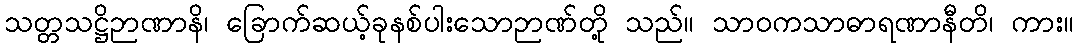
သတ္တသဋ္ဌိဉာဏာနိ၊ ခြောက်ဆယ့်ခုနစ်ပါးသောဉာဏ်တို့ သည်။ သာဝကသာဓာရဏာနီတိ၊ ကား။